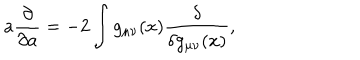
LaTeX: a { \frac { \partial } { \partial a } } = - 2 \int g _ { \mu \nu } ( x ) { \frac { \delta } { \delta g _ { \mu \nu } ( x ) } } ,